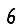
Digit: 6